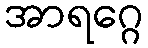
အာရဂ္ဂေ